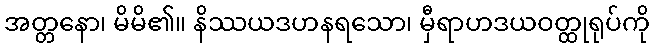
အတ္တနော၊ မိမိ၏။ နိဿယဒဟနရသော၊ မှီရာဟဒယဝတ္ထုရုပ်ကို